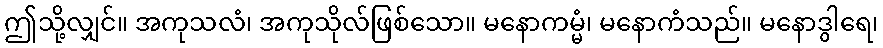
ဤသို့လျှင်။ အကုသလံ၊ အကုသိုလ်ဖြစ်သော။ မနောကမ္မံ၊ မနောကံသည်။ မနောဒွါရေ၊